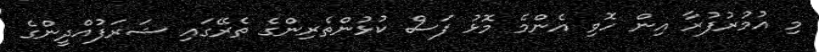
މި އުމުރުފުރާ އިން ހޮވި އެންމެ މޮޅު ފަސް ކުޅުންތެރިންގެ ތެރޭގައި ޝަރަފުއްދީންގެ